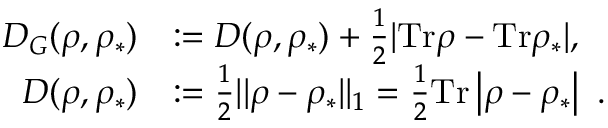
\begin{array} { r l } { D _ { G } ( \rho , \rho _ { \ast } ) } & { : = D ( \rho , \rho _ { \ast } ) + \frac { 1 } { 2 } | \mathrm { T r } \rho - \mathrm { T r } \rho _ { \ast } | , } \\ { D ( \rho , \rho _ { \ast } ) } & { : = \frac { 1 } { 2 } | | \rho - \rho _ { \ast } | | _ { 1 } = \frac { 1 } { 2 } \mathrm { T r } \left\vert \rho - \rho _ { \ast } \right\vert ~ . } \end{array}